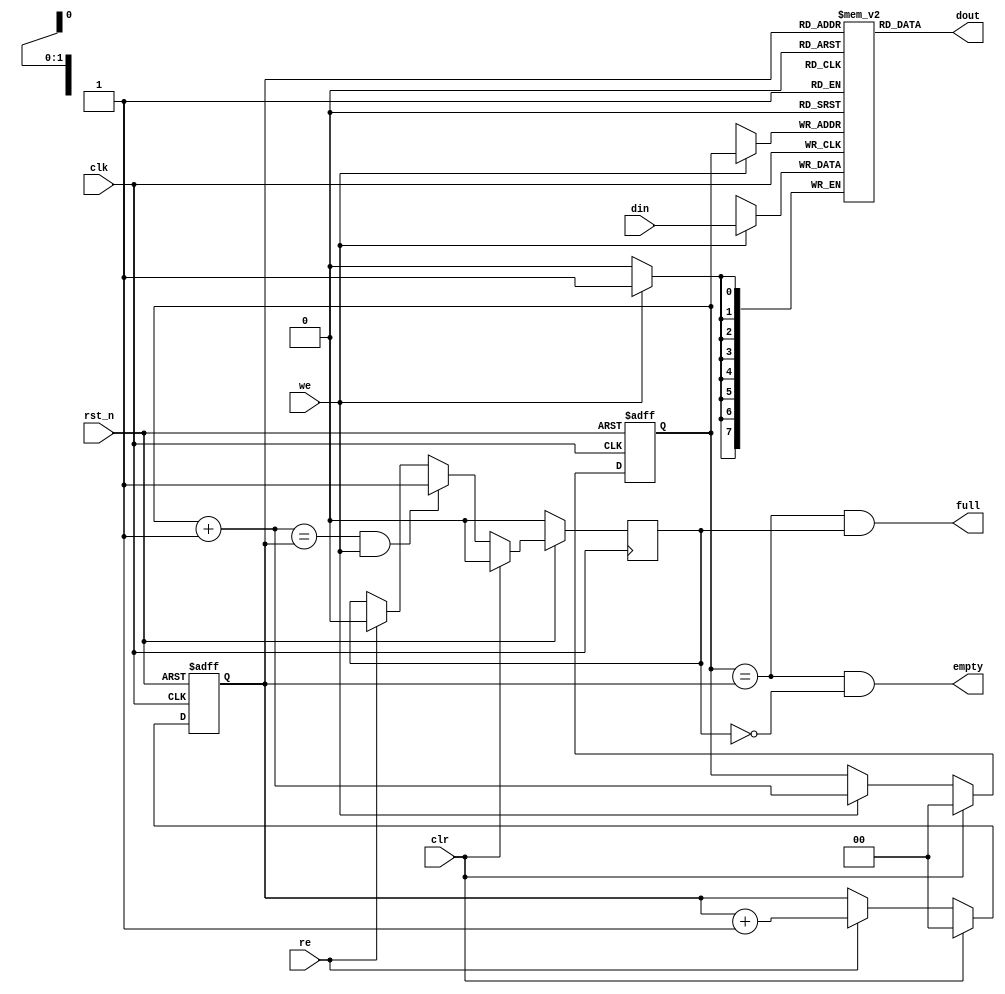
module sasc_fifo4(/*AUTOARG*/
   // Outputs
   dout, full, empty,
   // Inputs
   clk, rst_n, clr, din, we, re
   );

input           clk, rst_n;
input           clr;
input   [7:0]   din;
input           we;
output  [7:0]   dout;
input           re;
output          full, empty;


////////////////////////////////////////////////////////////////////
//
// Local Wires
//

reg     [7:0]   mem[0:3];
reg     [1:0]   wp;
reg     [1:0]   rp;
wire    [1:0]   wp_p1;
wire    [1:0]   rp_p1;
wire            full, empty;
reg             gb;

//   wire [7:0]   mem0 = mem[0];
//   wire [7:0]   mem1 = mem[1];
//   wire [7:0]   mem2 = mem[2];
//   wire [7:0]   mem3 = mem[3];

////////////////////////////////////////////////////////////////////
//
// Misc Logic
//

always @(posedge clk or negedge rst_n)
        if(!rst_n)      wp <=  2'h0;
        else
        if(clr)         wp <=  2'h0;
        else
        if(we)          wp <=  wp_p1;

assign wp_p1 = wp + 2'h1;

always @(posedge clk or negedge rst_n)
        if(!rst_n)      rp <=  2'h0;
        else
        if(clr)         rp <=  2'h0;
        else
        if(re)          rp <=  rp_p1;

assign rp_p1 = rp + 2'h1;

// Fifo Output
assign  dout = mem[ rp ];

// Fifo Input 
always @(posedge clk)
        if(we)     mem[ wp ] <=  din;

// Status
assign empty = (wp == rp) & !gb;
assign full  = (wp == rp) &  gb;

// Guard Bit ...
always @(posedge clk)
        if(!rst_n)                      gb <=  1'b0;
        else
        if(clr)                         gb <=  1'b0;
        else
        if((wp_p1 == rp) & we)          gb <=  1'b1;
        else
        if(re)                          gb <=  1'b0;

endmodule